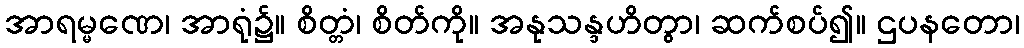
အာရမ္မဏေ၊ အာရုံ၌။ စိတ္တံ၊ စိတ်ကို။ အနုသန္ဒဟိတွာ၊ ဆက်စပ်၍။ ဌပနတော၊